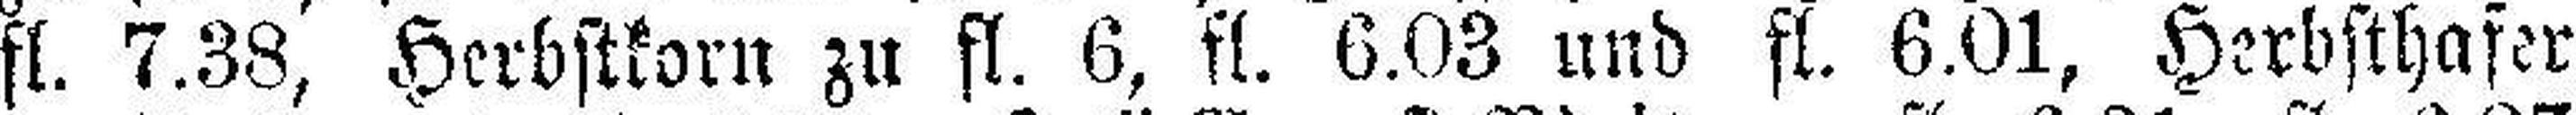
fl. 7.38, Herbstkorn zu fl. 6, fl. 6.03 und fl. 6.01, Herbsthafer